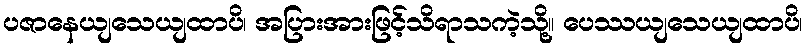
ပဇာနေယျသေယျထာပိ၊ အပြားအားဖြင့်သိရာသကဲ့သို့။ ပေဿယျသေယျထာပိ၊